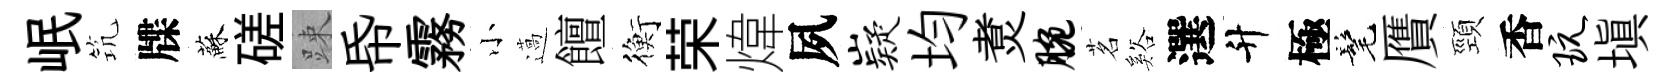
岷𥬑牒蘇磋踈帋霧小薖饘衡荣煒夙嶷均煑腕茗谿選升極髦贋頸香玩塡